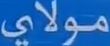
مولاي